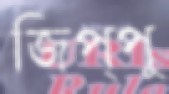
জিপ্পু